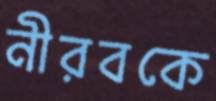
নীরবকে